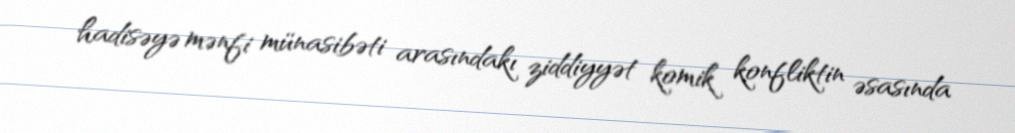
hadisəyə mənfi münasibəti arasındakı ziddiyyət komik konfliktin əsasında